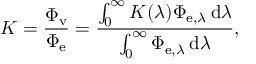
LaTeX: K = { \frac { \Phi _ { \mathrm { v } } } { \Phi _ { \mathrm { e } } } } = { \frac { \int _ { 0 } ^ { \infty } K ( \lambda ) \Phi _ { \mathrm { e } , \lambda } \, \mathrm { d } \lambda } { \int _ { 0 } ^ { \infty } \Phi _ { \mathrm { e } , \lambda } \, \mathrm { d } \lambda } } ,